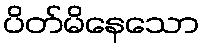
ပိတ်မိနေသော